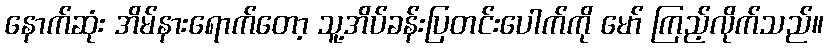
နောက်ဆုံး အိမ်နားရောက်တော့ သူ့အိပ်ခန်းပြတင်းပေါက်ကို မော် ကြည့်လိုက်သည်။